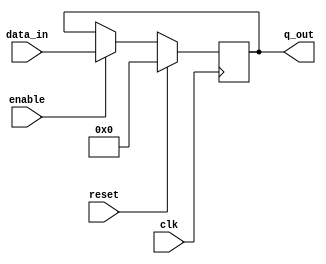
module register #(parameter W = 32, parameter D = 0)(input clk, input reset, input [W-1:0] data_in, 
		output reg [W-1:0] q_out, input enable);

always@(posedge clk)
	if (reset == 1'b1) begin
		q_out <= D;
	end else begin
		if (enable == 1'b1) begin
			q_out <= data_in;
		end else begin
			q_out <= q_out;
		end
	end

endmodule